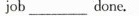
job___done.